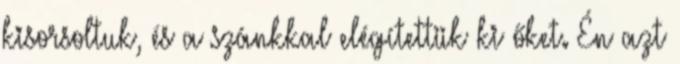
kisorsoltuk, és a szánkkal elégítettük ki őket. Én azt